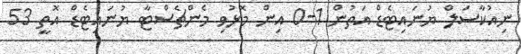
ނިއުކާސަލް ޔުނައިޓެޑް އަތުން 1-0 އިން މޮޅުވި މެންޗެސްޓާ ޔުނައިޓެޑް އޮތީ 53